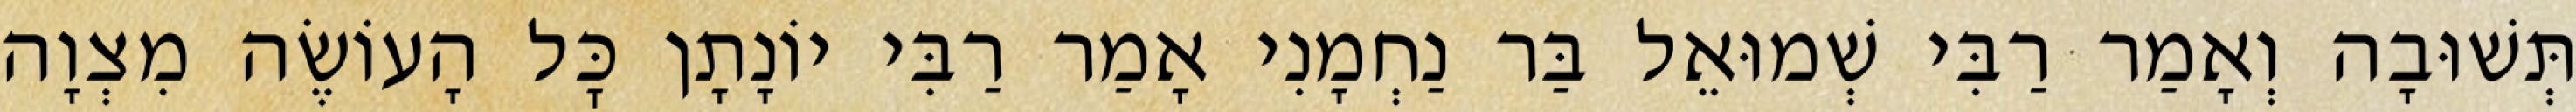
תְּשׁוּבָה וְאָמַר רַבִּי שְׁמוּאֵל בַּר נַחְמָנִי אָמַר רַבִּי יוֹנָתָן כׇּל הָעוֹשֶׂה מִצְוָה